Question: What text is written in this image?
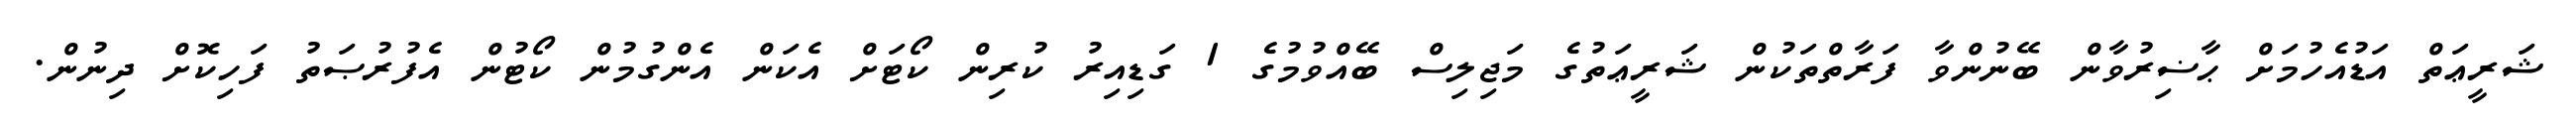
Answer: ޝަރީޢަތް އަޑުއެހުމަށް ޙާޟިރުވާން ބޭނުންވާ ފަރާތްތަކުން ޝަރީޢަތުގެ މަޖިލިސް ބޭއްވުމުގެ 1 ގަޑިއިރު ކުރިން ކޯޓަށް އެކަން އެންގުމުން ކޯޓުން އެފުރުޞަތު ފަހިކޮށް ދިނުން.